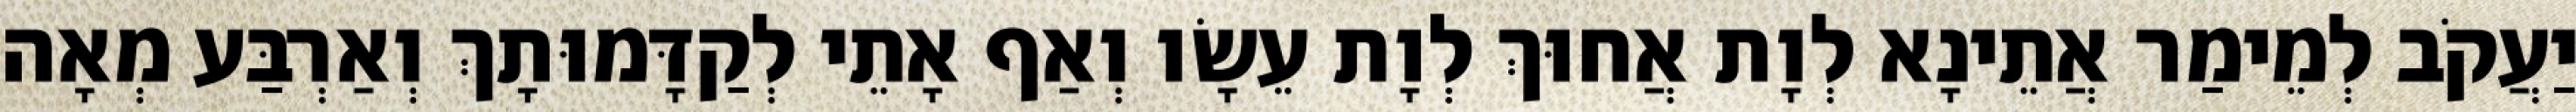
יַעֲקֹב לְמֵימַר אֲתֵינָא לְוָת אֲחוּךְ לְוָת עֵשָׂו וְאַף אָתֵי לְקַדָּמוּתָךְ וְאַרְבַּע מְאָה